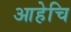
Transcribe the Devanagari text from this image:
आहेचि